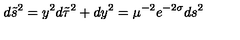
d \tilde { s } ^ { 2 } = y ^ { 2 } d \tilde { \tau } ^ { 2 } + d y ^ { 2 } = \mu ^ { - 2 } e ^ { - 2 \sigma } d s ^ { 2 }